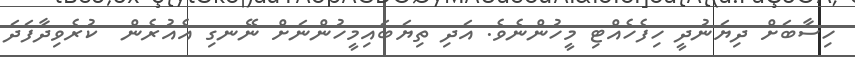
ހިސާބަށް ދިޔަނުދީ ހިފެހެއްޓި މީހުންނެވެ. އަދި ތިޔަބައިމީހުންނަށް ނޭނގި އެއުރެން  ކުރެވިދާފަދަ